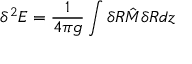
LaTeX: \delta ^ { 2 } E = \frac { 1 } { 4 \pi g } \int \delta R { \hat { M } } \delta R d z